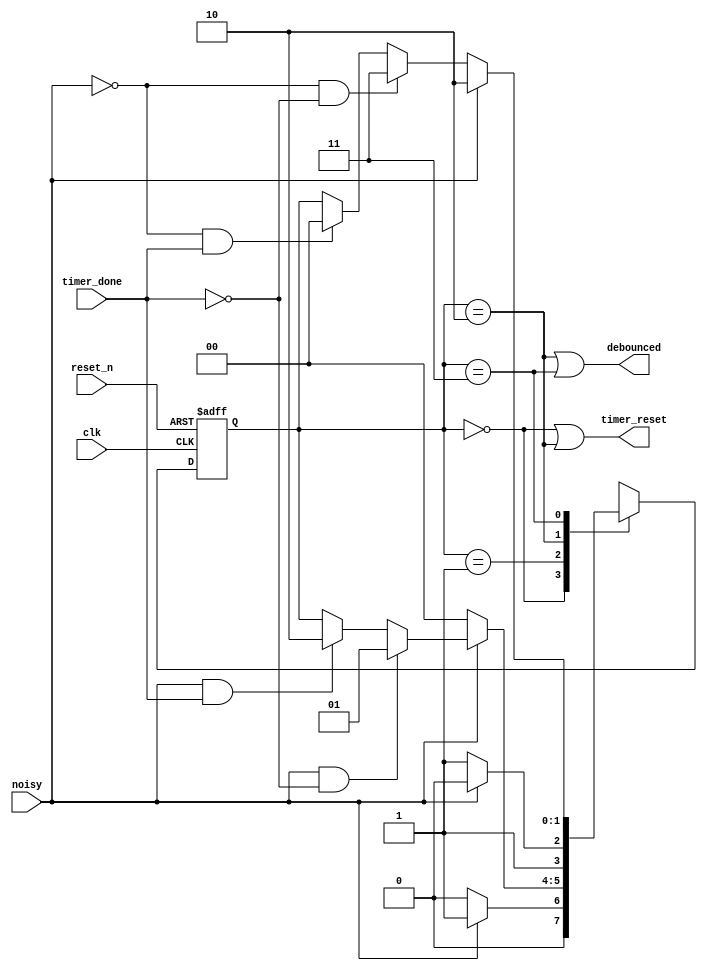
`timescale 1ns / 1ps
//////////////////////////////////////////////////////////////////////////////////
// Company: 
// Engineer: 
// 
// Design Name: 
// Module Name: debouncer_delayed_fsm
// Project Name: 
// Target Devices: 
// Tool Versions: 
// Description: 
// 
// Dependencies: 
// 
// Revision:
// Revision 0.01 - File Created
// Additional Comments:
// 
//////////////////////////////////////////////////////////////////////////////////

module debouncer_delayed_fsm(
    input clk, reset_n,
    input noisy, timer_done,
    output timer_reset, debounced
    );
    
    reg [1:0] state_reg, state_next;
    parameter s0 = 0, s1 = 1, s2 = 2, s3 = 3;
    
    // Sequential state register
    always @(posedge clk, negedge reset_n)
    begin
        if (~reset_n)
            state_reg <= 0;
        else
            state_reg <= state_next;
    end
    
    // Next state logic
    always @(*)
    begin
        state_next = state_reg;
        case(state_reg)
            s0: if (~noisy)
                    state_next = s0;
                else if (noisy)
                    state_next = s1;
            s1: if (~noisy)
                    state_next = s0;
                else if (noisy & ~timer_done)
                    state_next = s1;
                else if (noisy & timer_done)
                    state_next = s2;
            s2: if (~noisy)
                    state_next = s3;
                else if (noisy)
                    state_next = s2;
            s3: if (noisy)
                    state_next = s2;
                else if (~noisy & ~timer_done)
                    state_next = s3;
                else if (~noisy & timer_done)
                    state_next = s0;
            default: state_next = s0;                                             
        endcase
    end
    
    // output logic
    assign timer_reset = (state_reg == s0) | (state_reg == s2);
    assign debounced = (state_reg == s2) | (state_reg == s3);
    
endmodule